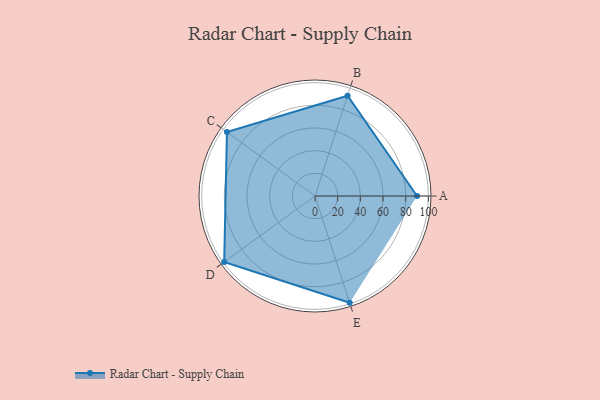
{"axis": {"x": "Skill", "y": "Score"}, "legend": ["Profile"], "data": [{"x": "A", "y": 90.0, "type": "Profile"}, {"x": "B", "y": 93.0, "type": "Profile"}, {"x": "C", "y": 96.0, "type": "Profile"}, {"x": "D", "y": 99, "type": "Profile"}, {"x": "E", "y": 99, "type": "Profile"}]}